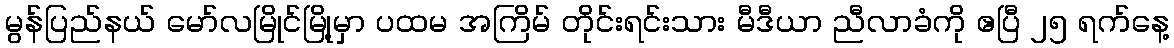
မွန်ပြည်နယ် မော်လမြိုင်မြို့မှာ ပထမ အကြိမ် တိုင်းရင်းသား မီဒီယာ ညီလာခံကို ဧပြီ ၂၅ ရက်နေ့